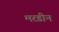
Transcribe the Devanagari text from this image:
मरडीन